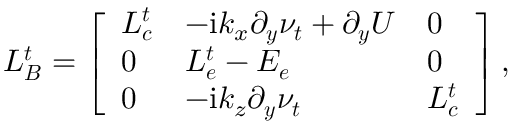
\boldsymbol { L _ { B } ^ { t } } = \left[ \begin{array} { l l l } { \boldsymbol { L _ { c } ^ { t } } } & { - \mathrm { i } k _ { x } \boldsymbol { \partial _ { y } \nu _ { t } } + \boldsymbol { \partial _ { y } U } } & { \boldsymbol { 0 } } \\ { \boldsymbol { 0 } } & { \boldsymbol { L _ { e } ^ { t } } - \boldsymbol { E _ { e } } } & { \boldsymbol { 0 } } \\ { \boldsymbol { 0 } } & { - \mathrm { i } k _ { z } \boldsymbol { \partial _ { y } \nu _ { t } } } & { \boldsymbol { L _ { c } ^ { t } } } \end{array} \right] ,